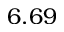
6 . 6 9